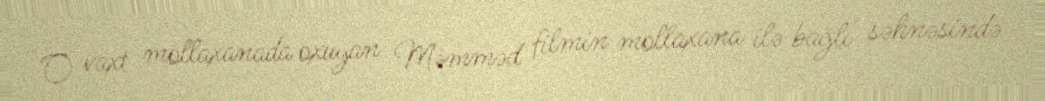
O vaxt mollaxanada oxuyan Məmməd filmin mollaxana ilə bağlı səhnəsində